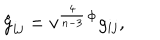
\hat { g } _ { i j } = v ^ { \frac { 4 } { n - 3 } } { } ^ { \Phi } g _ { i j } ,